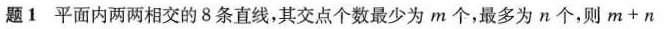
题1 平面内两两相交的8条直线，其交点个数最少为m个，最多为n个，则$$m + n$$